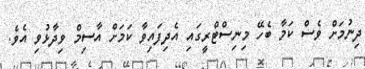
ދިނުމަށް ވެސް ކަމާ ބެހޭ މިނިސްޓްރީގައި އެދިފައިވާ ކަމަށް އާސިމް ވިދާޅުވި އެވެ.